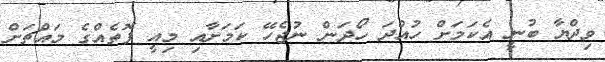
ވިދްޔާ ބުނީ އެކަމަށް ހުއްދަ ހޯދަން ނުޖެހޭ ކަމަށާއި މިއީ ފޮތެއްގެ މައްޗަށް